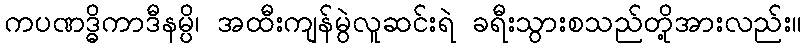
ကပဏဒ္ဓိကာဒီနမ္ပိ၊ အထီးကျန်မွဲလူဆင်းရဲ ခရီးသွားစသည်တို့အားလည်း။